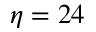
\eta = 2 4